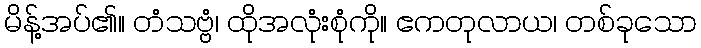
မိန့်အပ်၏။ တံသဗ္ဗံ၊ ထိုအလုံးစုံကို။ ဧကတုလာယ၊ တစ်ခုသော